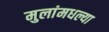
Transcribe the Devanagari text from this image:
मुलांमधल्या